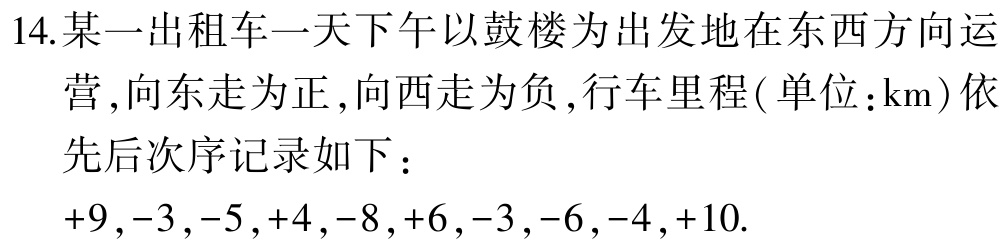
14.某一出租车一天下午以鼓楼为出发地在东西方向运营,向东走为正,向西走为负,行车里程(单位:$\mathrm{km}$)依先后次序记录如下：
$+9,-3,-5,+4,-8,+6,-3,-6,-4,+10.$